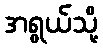
အရွယ်သို့